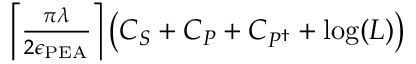
\begin{array} { r } { \left\lceil { \frac { \pi \lambda } { 2 \epsilon _ { \mathrm { P E A } } } } \right\rceil \left( C _ { S } + C _ { P } + C _ { P ^ { \dagger } } + \log ( L ) \right) } \end{array}